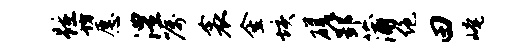
踵坊愿澧嘱衾金垓磋郢蒲绝田崦